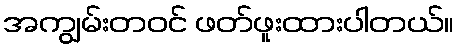
အကျွမ်းတဝင် ဖတ်ဖူးထားပါတယ်။